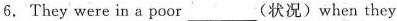
6.They were in a poor ___ (状况)when they